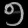
Digit: ၅